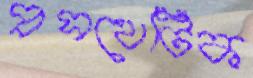
প্রসথেটিক